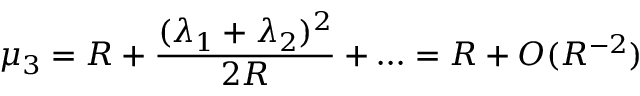
\mu _ { 3 } = R + \frac { ( \lambda _ { 1 } + \lambda _ { 2 } ) ^ { 2 } } { 2 R } + \ldots = R + O ( R ^ { - 2 } )